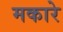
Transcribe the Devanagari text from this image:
मकारे